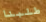
طلبنا